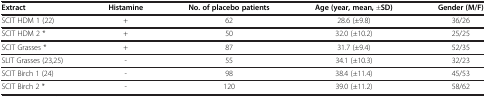
| Extract | Histamine | No. of placebo patients | Age (year, mean, ±SD) | Gender (M/F) |
 | --- | --- | --- | --- | --- |
 | SCIT HDM 1 (22) | + | 62 | 28.6 (±9.8) | 36/26 |
 | SCIT HDM 2 * | + | 50 | 32.0 (±10.2) | 25/25 |
 | SCIT Grasses * | + | 87 | 31.7 (±9.4) | 52/35 |
 | SLIT Grasses (23,25) | - | 55 | 34.1 (±10.3) | 32/23 |
 | SCIT Birch 1 (24) | - | 98 | 38.4 (±11.4) | 45/53 |
 | SCIT Birch 2 * | - | 120 | 39.0 (±11.2) | 58/62 |